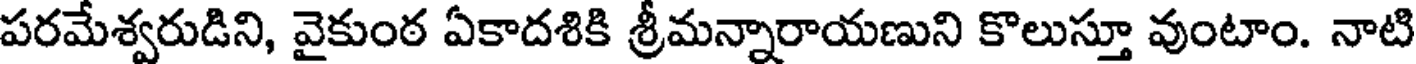
పరమేశ్వరుడిని, వైకుంఠ ఏకాదశికి శ్రీమన్నారాయణుని కొలుస్తూ వుంటాం. నాటి